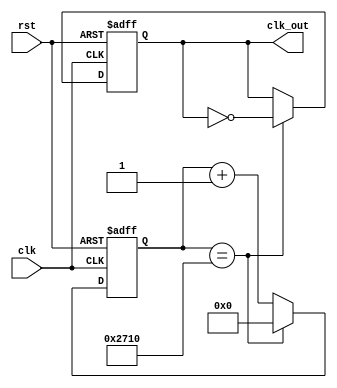
`timescale 1ns / 1ps
//////////////////////////////////////////////////////////////////////////////////
// Company: 
// Engineer: 
// 
// Design Name: 
// Module Name: clk_div_1mhz
// Project Name: 
// Target Devices: 
// Tool Versions: 
// Description: 
// 
// Dependencies: 
// 
// Revision:
// Revision 0.01 - File Created
// Additional Comments:
// 
//////////////////////////////////////////////////////////////////////////////////


module clk_div_1mhz(clk, rst, clk_out);
input clk, rst;
output clk_out;

reg [27:0]count;
reg clk_out;

always @(posedge clk or posedge rst)
begin
    if(rst)
        begin
            count <= 0;
            clk_out <= 1'b0;
        end
    else if(count == 10000)
        begin
            count <= 0;
            clk_out <= ~clk_out;
        end
    else
        count <= (count + 1);
end
endmodule